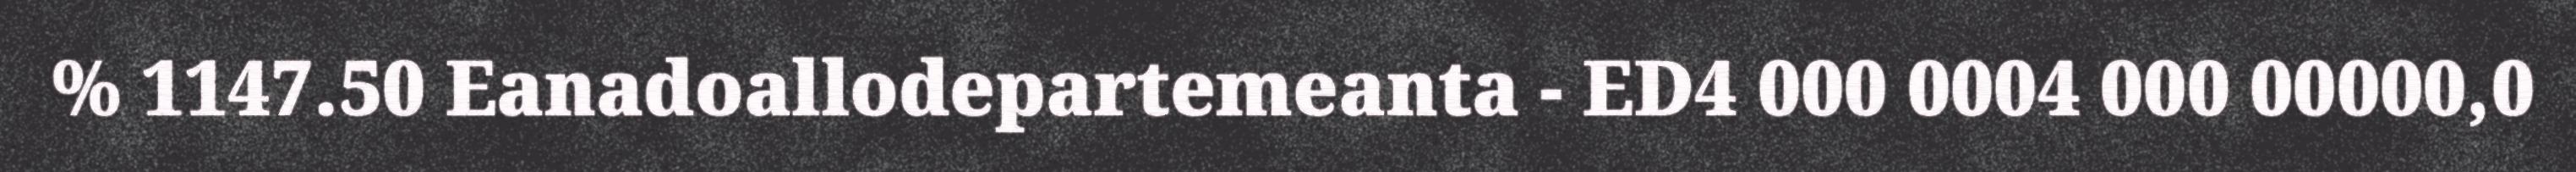
% 1147.50 Eanadoallodepartemeanta - ED4 000 0004 000 00000,0